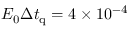
E _ { 0 } \Delta t _ { \mathrm { q } } = 4 \times 1 0 ^ { - 4 }